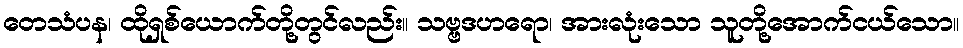
တေသံပန၊ ထိုရှစ်ယောက်တို့တွင်လည်း။ သဗ္ဗဒဟရော၊ အားလုံးသော သူတို့အောက်ငယ်သော။